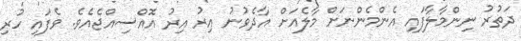
ދަތުރު ނިންމާލާފައި އެންމެންނަށް މާލެއަށް އާދެވުނު އިރު އިރު އޮއްސިއްޖެއެވެ. ވެފައި ހުރި